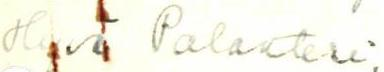
Hyvä Palakteri,